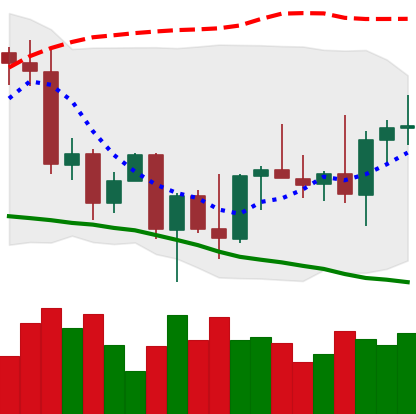
Ticker: BNB-USD
Chart end date: 2022-09-30
Forward return: 3.5%
Label: up_3_5